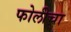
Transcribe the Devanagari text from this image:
फोलीचा